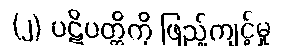
(၂) ပဋိပတ္တိကို ဖြည့်ကျင့်မှု